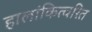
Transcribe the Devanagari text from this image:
हालांकित्वरित